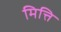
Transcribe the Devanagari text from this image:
मित्ति